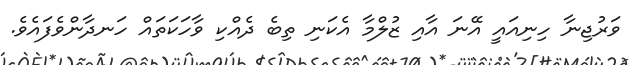
ވަރުޖިނާ ހިނިއައީ އޭނަ އާއި ޒުލްމާ އެކަނި ތިބެ ދެއްކި ވާހަކަތައް ހަނދާންވެފައެވެ.